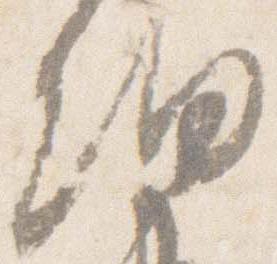
細